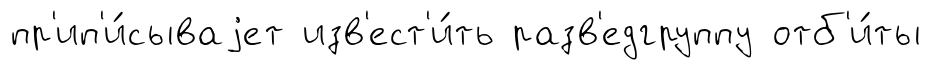
пр'ип'и́сываjет изв'ест'и́ть разв'едгруппу отб'и́ты